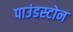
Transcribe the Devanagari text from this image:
पाउंडस्टोन